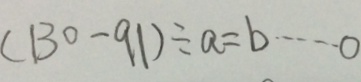
( 1 3 0 - 9 1 ) \div a = b \cdots 0